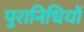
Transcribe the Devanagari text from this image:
पुरानिधियों